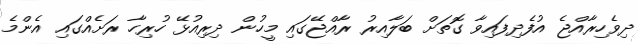
ދިވެހިރާއްޖެ އުފެދިފައިވާ ގޮތަށް ބަލާއިރު ރާއްޖޭގައި މީހުން ދިރިއުޅޭ ހުރިހާ ރަށެއްގައި އެންމެ